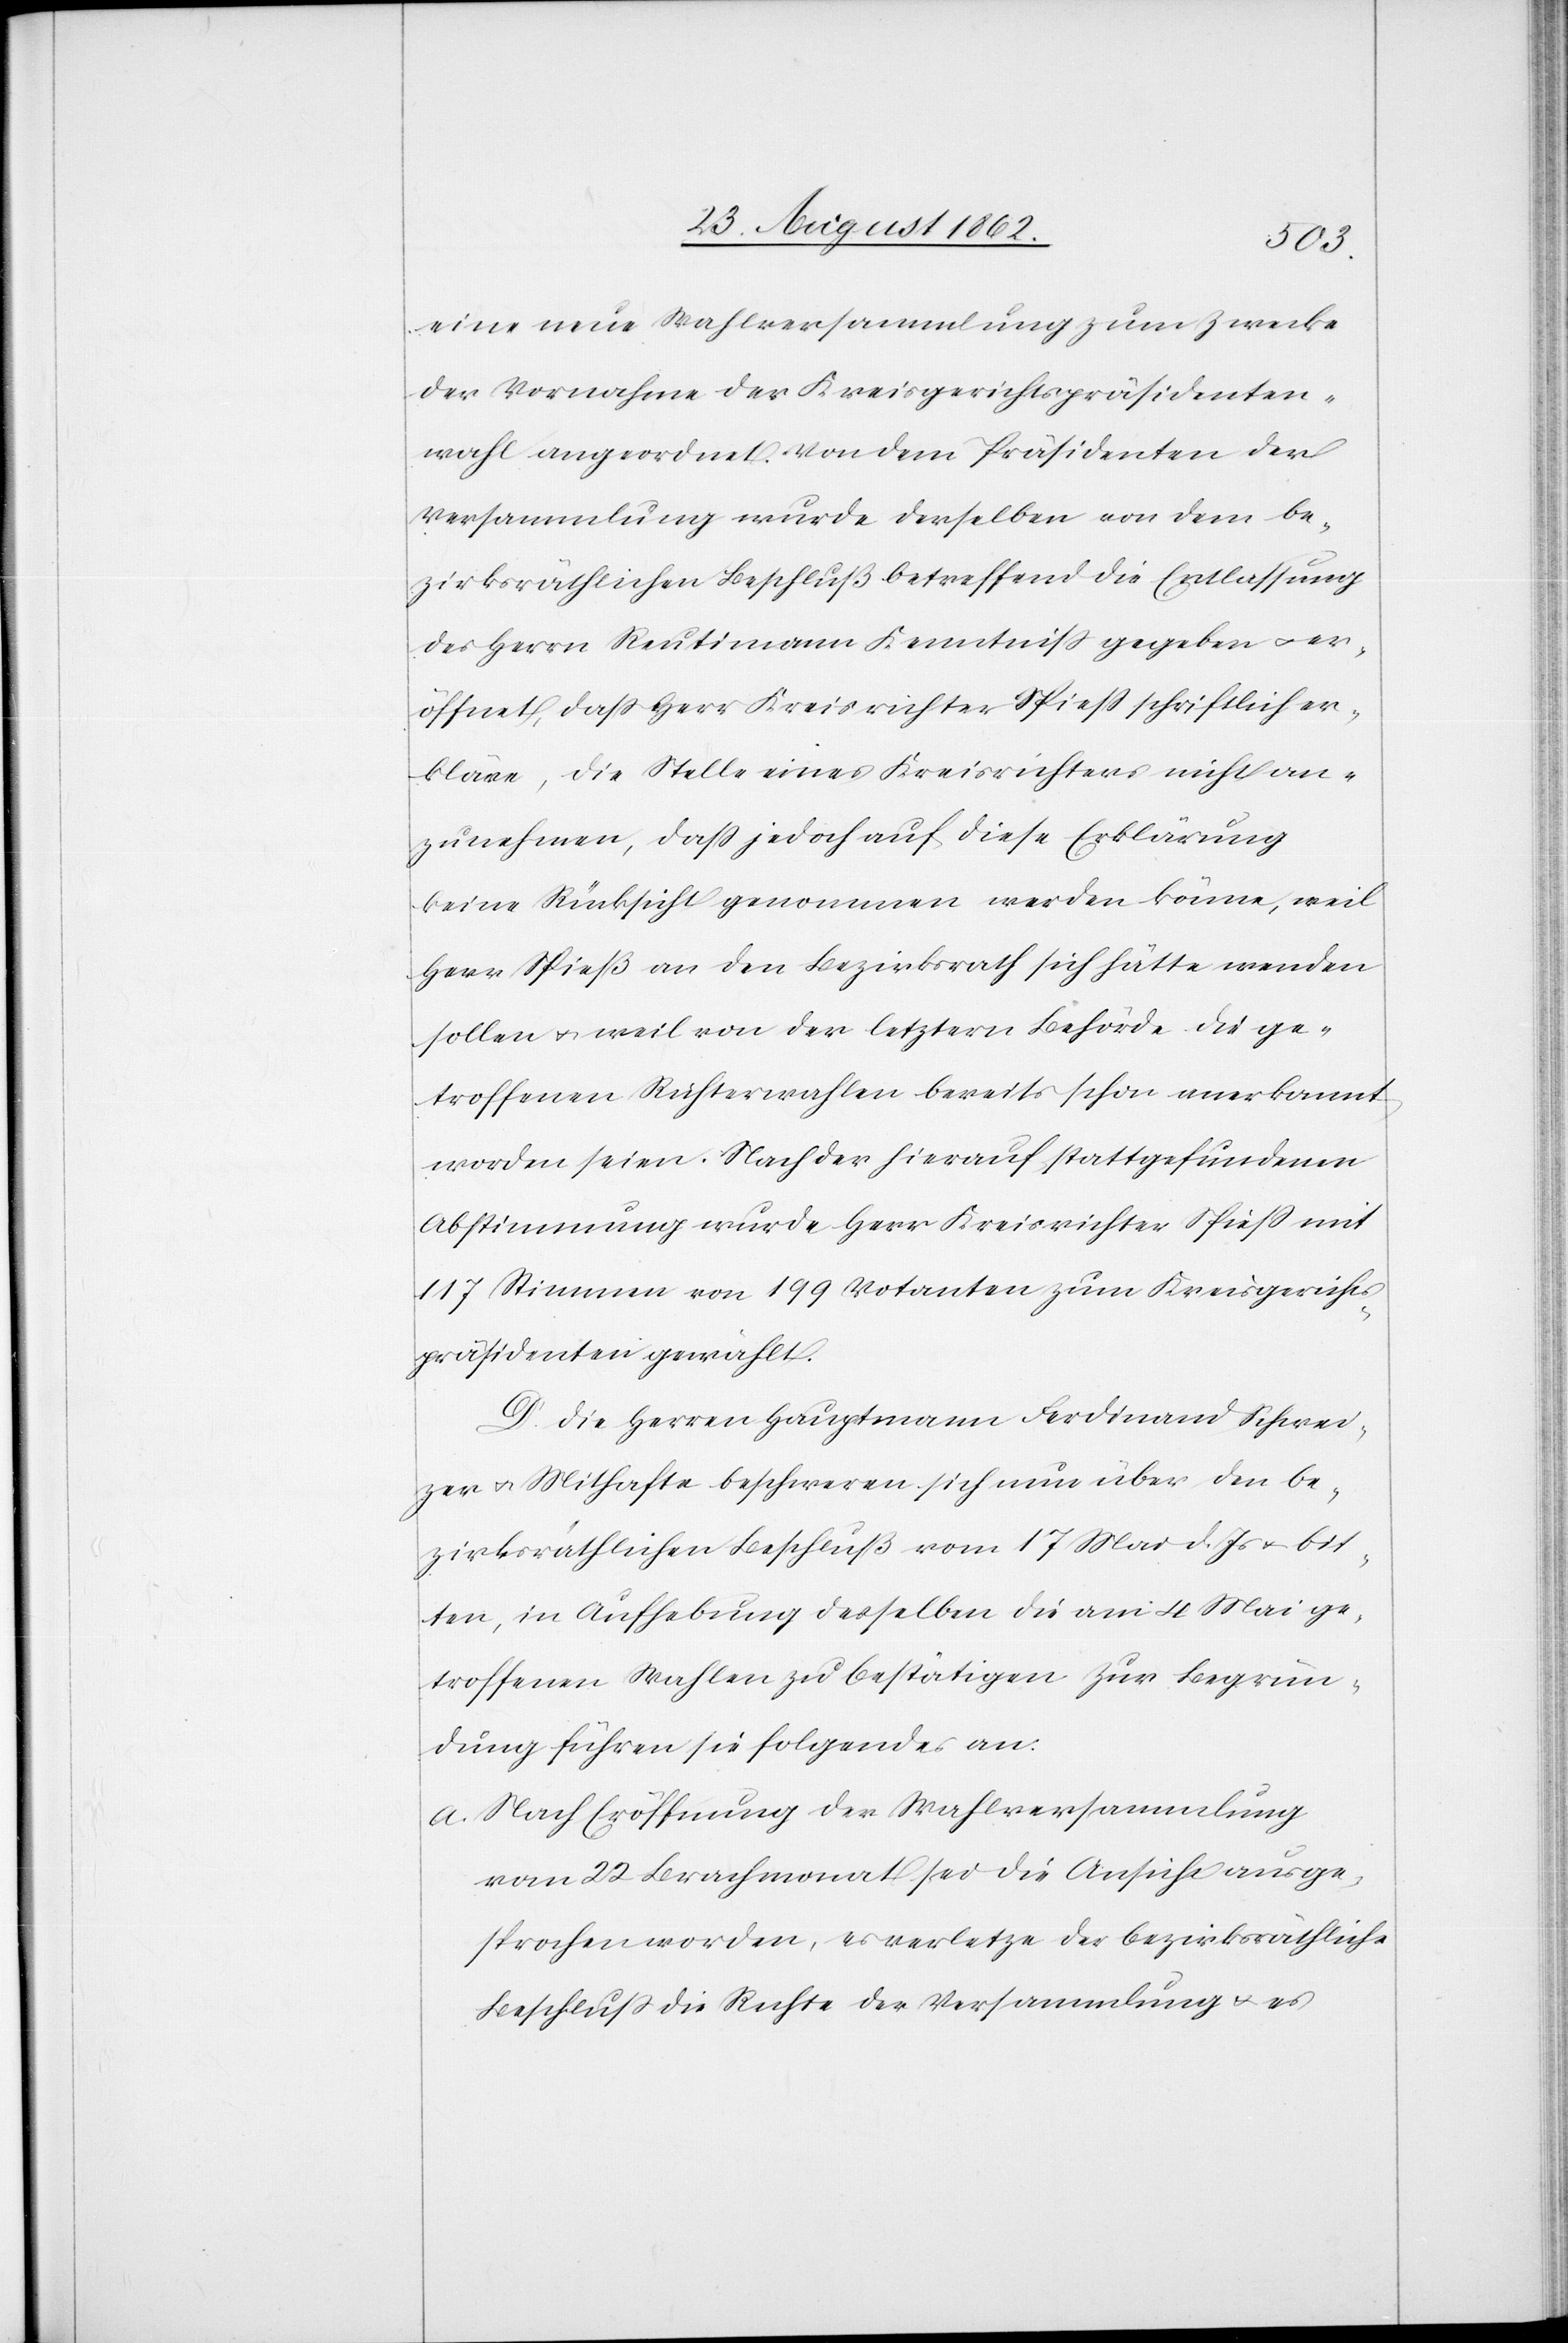
eine neue Wahlversammlung zum Zwecke
der Vornahme der Kreisgerichtspräsidenten¬
wahl angeordnet. Von dem Präsidenten der
Versammlung wurde derselbe von dem be¬
zirksräthlichen Beschluß betreffend eine Entlassung
des Herrn Reutimann Kenntniß gegeben u. er¬
öffnet, daß Herr Kreisrichter Spieß schriftlich er¬
kläre, die Stelle eines Kreisrichters nicht an¬
zunehmen, daß jedoch auf diese Erklärung
keine Rücksicht genommen werden könne, weil
Herr Spieß an den Bezirksrath sich hätte wenden
sollen u. weil von der letztern Behörde die ge¬
troffenen Richterwahlen bereits schon anerkannt
worden seien. Nach der hierauf stattgefundenen
Abstimmung wurde Herr Kreisrichter Spieß mit
117 Stimmen von 9 Votanten zum Kreisgerichts¬
präsidenten gewählt.
D. Die Herren Hauptmann Ferdinand Schwei¬
zer u. Mithafte beschweren sich nun über den be¬
zirksräthlichen Beschluß vom 17. Mai d. Js. u. bit¬
ten, in Aufhebung desselben die am 4. Mai ge¬
troffenen Wahlen zu bestätigen[.] Zur Begrün¬
dung führen sie folgendes an:
a. Nach Eröffnung der Wahlversammlung
vom 22. Brachmonat sei die Ansicht ausge¬
sprochen worden, es verletze der bezirksräthliche
Beschluß die Rechte der Versammlung u. es